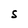
Character: S